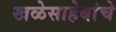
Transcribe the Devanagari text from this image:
खळेसाहेबांचे